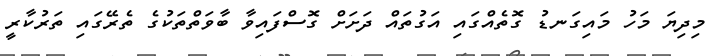
މިދިޔަ މަހު މައިގަނޑު ގޮތެއްގައި އަގުތައް ދަށަށް ގޮސްފައިވާ ބާވަތްތަކުގެ ތެރޭގައި ތަރުކާރީ